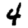
Digit: 4